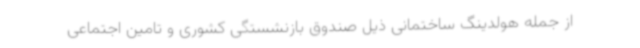
از جمله هولدینگ ساختمانی ذیل صندوق بازنشستگی کشوری و تامین اجتماعی